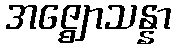
အဇ္ဈောသန္နာ